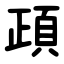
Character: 頙